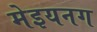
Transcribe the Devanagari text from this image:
मेइयनग